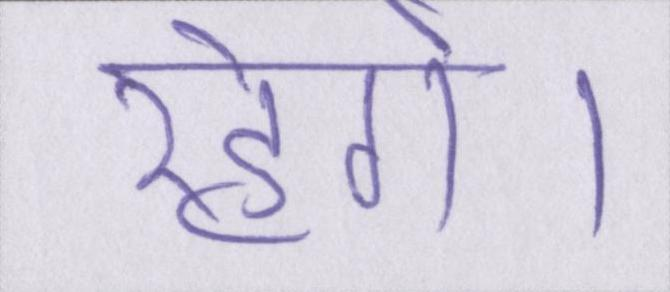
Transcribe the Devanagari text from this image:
रहेगे।